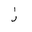
Letter: _zay